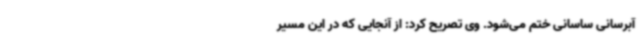
آبرسانی ساسانی ختم می‌شود. وی تصریح کرد: از آنجایی که در این مسیر